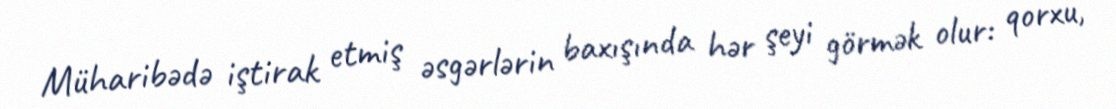
Müharibədə iştirak etmiş əsgərlərin baxışında hər şeyi görmək olur: qorxu,